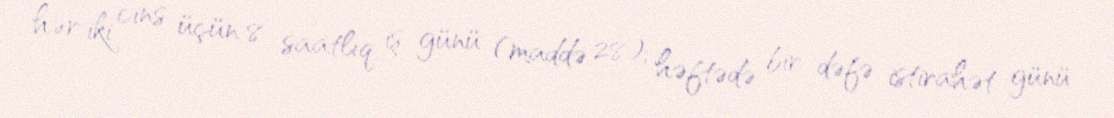
hər iki cins üçün 8 saatlıq iş günü (maddə 28); həftədə bir dəfə istirahət günü